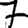
Digit: 7